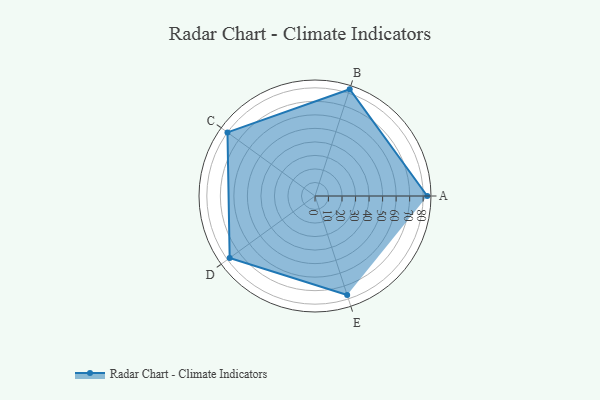
{"axis": {"x": "Skill", "y": "Score"}, "legend": ["Profile"], "data": [{"x": "A", "y": 83.0, "type": "Profile"}, {"x": "B", "y": 83.0, "type": "Profile"}, {"x": "C", "y": 80.0, "type": "Profile"}, {"x": "D", "y": 78.0, "type": "Profile"}, {"x": "E", "y": 77.0, "type": "Profile"}]}